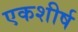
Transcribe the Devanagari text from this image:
एकशीर्ष